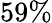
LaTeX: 59\%